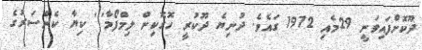
ދޫކޮށްފައިވަނީ 29މެއި 1972 ގައެވެ. ދުނިޔެ ދޫކުރީ ހޮގޮކިން ލިމްފޯމާ''' ކިޔާ ކެންސަރުގެ